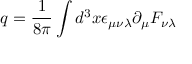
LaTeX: q = \frac { 1 } { 8 \pi } \int d ^ { 3 } x \epsilon _ { \mu \nu \lambda } \partial _ { \mu } F _ { \nu \lambda }